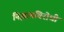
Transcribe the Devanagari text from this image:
निझामविरोधी